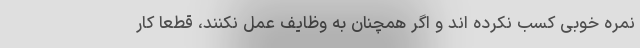
نمره خوبی کسب نکرده اند و اگر همچنان به وظایف عمل نکنند، قطعا کار